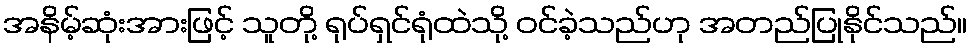
အနိမ့်ဆုံးအားဖြင့် သူတို့ ရုပ်ရှင်ရုံထဲသို့ ဝင်ခဲ့သည်ဟု အတည်ပြုနိုင်သည်။